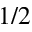
1 / 2